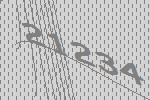
21234